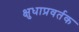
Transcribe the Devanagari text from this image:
क्षुधाप्रवर्तक